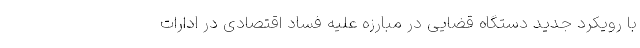
با رویکرد جدید دستگاه قضایی در مبارزه علیه فساد اقتصادی در ادارات